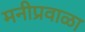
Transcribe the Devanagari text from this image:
मनीप्रवाळा